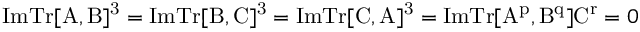
\mathrm { I m } \mathrm { T r [ A , B ] ^ { 3 } } = \mathrm { I m } \mathrm { T r [ B , C ] ^ { 3 } } = \mathrm { I m } \mathrm { T r [ C , A ] ^ { 3 } } = \mathrm { I m } \mathrm { T r [ A ^ { p } , B ^ { q } ] C ^ { r } } = 0